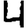
Digit: 4